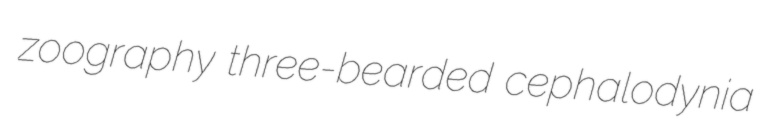
zoography three-bearded cephalodynia